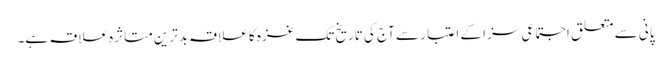
پانی سے متعلق اجتماعی سزا کے اعتبار سے آج کی تاریخ تک غزہ کا علاقہ بدترین متاثرہ علاقہ ہے۔